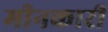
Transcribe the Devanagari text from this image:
मीनकारी